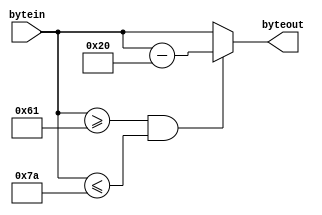
module toupper( bytein, byteout );
input  [7:0] bytein;
output [7:0] byteout; 
reg    [7:0] byteout;

always @*
begin
  if ( bytein >=97 && bytein <=122 )
    byteout = bytein - 32;
  else
    byteout = bytein;
end

endmodule